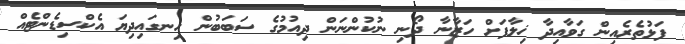
ފަޅުތެރެއިން ގަވާއިދާ ޚިލާފަށް ހަޒާނާ ދޯނި ނުކުންނަން ދިއުމުގެ ސަބަބުން ހިނގައިދިޔަ އެކްސިޑެންޓެއް